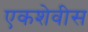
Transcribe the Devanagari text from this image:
एकशेवीस